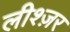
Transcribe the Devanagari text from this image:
लीश्ज़र